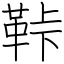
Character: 鞐